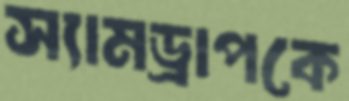
স্যামড্রাপকে